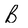
Character: B